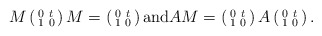
\begin{align*} M\left(\begin{smallmatrix} 0 & t \\ 1 & 0 \end{smallmatrix}\right)M=\left(\begin{smallmatrix} 0 & t \\ 1 & 0 \end{smallmatrix}\right) \textrm{and} AM=\left(\begin{smallmatrix} 0 & t \\ 1 & 0 \end{smallmatrix}\right) A\left(\begin{smallmatrix} 0 & t \\ 1 & 0 \end{smallmatrix}\right).\end{align*}